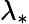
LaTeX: \lambda_{\ast}